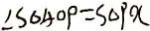
\angle S _ { \Delta } A O P = S _ { \Delta } P X